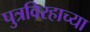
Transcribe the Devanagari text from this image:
पुत्रविरहाच्या